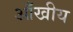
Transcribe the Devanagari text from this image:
आँखीय